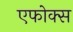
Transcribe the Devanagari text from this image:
एफोक्स